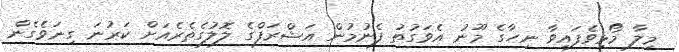
މިލާ މޯޅިވެފައިވާ ނިހާގެ މޫނު އެވަގުތު ފެނުމުން އަޝްރަފްގެ ލޮލުގެތެރެއަށް ކަރުނަ ގިނަވެގެން